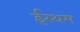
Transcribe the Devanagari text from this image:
ईस्थम